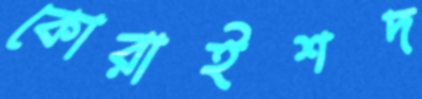
কোরাইশদ